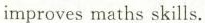
improves maths skills.